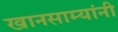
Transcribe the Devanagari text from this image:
खानसाम्यांनी